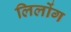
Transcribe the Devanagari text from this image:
लिलोंग